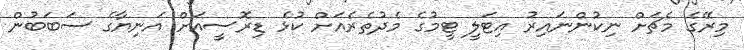
މިރޭގެ މެޗަށް ނިކުންނައިރު އިޓަލީ ޓީމުގެ މެދުތެރެއަށް ކުޅެ ޑިރޮސީއަށް އަނިޔާގެ ސަބަބުން